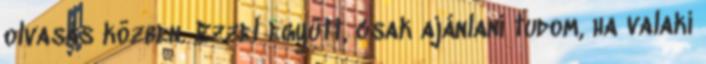
olvasás közben. Ezzel együtt, csak ajánlani tudom, ha valaki